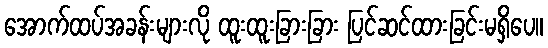
အောက်ထပ်အခန်းများလို ထူးထူးခြားခြား ပြင်ဆင်ထားခြင်းမရှိပေ။